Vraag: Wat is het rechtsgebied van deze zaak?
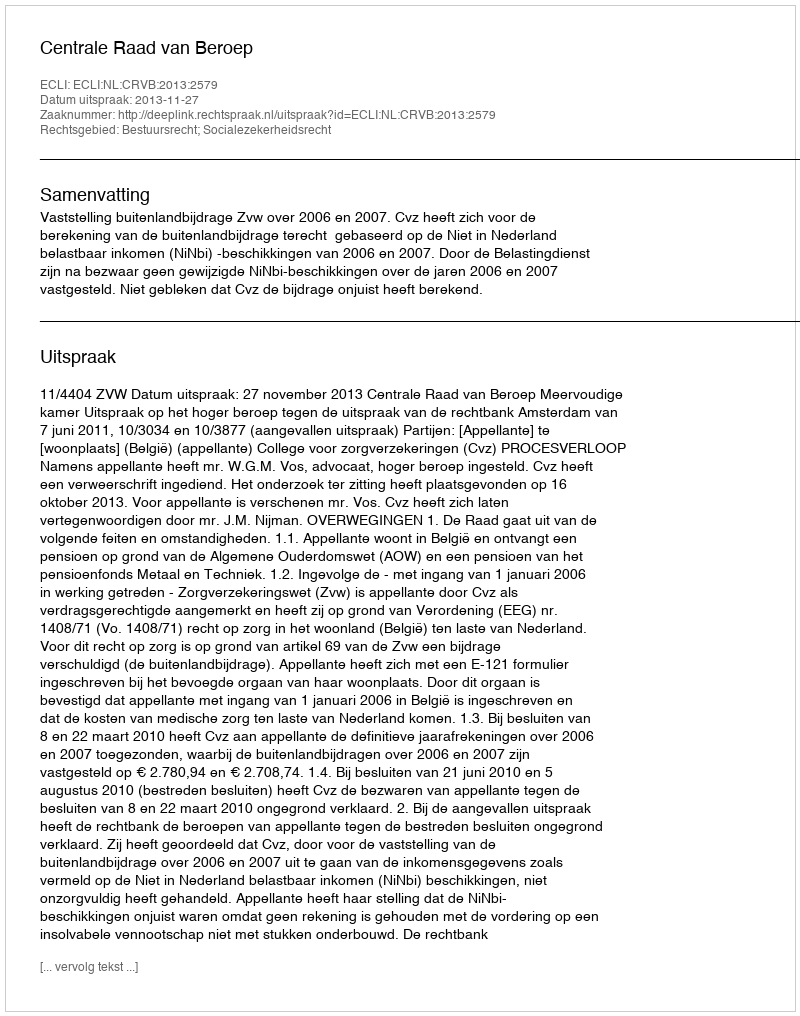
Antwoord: Bestuursrecht; Socialezekerheidsrecht